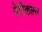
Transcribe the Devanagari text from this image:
पेरिकल्स